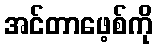
အင်တာဖေ့စ်ကို